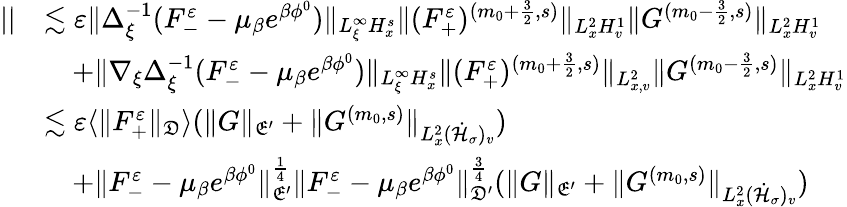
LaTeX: \begin{array}{rl}{||}&{\lesssim\varepsilon\| \Delta_{\xi}^{-1}(F_{-}^{\varepsilon}-\mu_{\beta}e^{\beta\phi^{0}})\| _{L_{\xi}^{\infty}H_{x}^{s}}\| (F_{+}^{\varepsilon})^{(m_{0}+\frac{3}{2},s)}\| _{L_{x}^{2}H_{v}^{1}}\| G^{(m_{0}-\frac{3}{2},s)}\| _{L_{x}^{2}H_{v}^{1}}}\\ &{\quad+\| \nabla_{\xi}\Delta_{\xi}^{-1}(F_{-}^{\varepsilon}-\mu_{\beta}e^{\beta\phi^{0}})\| _{L_{\xi}^{\infty}H_{x}^{s}}\| (F_{+}^{\varepsilon})^{(m_{0}+\frac{3}{2},s)}\| _{L_{x,v}^{2}}\| G^{(m_{0}-\frac{3}{2},s)}\| _{L_{x}^{2}H_{v}^{1}}}\\ &{\lesssim\varepsilon\langle\| F_{+}^{\varepsilon}\| _{\mathfrak D}\rangle(\| G\| _{\mathfrak E^{\prime}}+\| G^{(m_{0},s)}\| _{L_{x}^{2}(\dot{\mathcal H}_{\sigma})_{v}})}\\ &{\quad+\| F_{-}^{\varepsilon}-\mu_{\beta}e^{\beta\phi^{0}}\| _{\mathfrak E^{\prime}}^{\frac{1}{4}}\| F_{-}^{\varepsilon}-\mu_{\beta}e^{\beta\phi^{0}}\| _{\mathfrak D^{\prime}}^{\frac{3}{4}}(\| G\| _{\mathfrak E^{\prime}}+\| G^{(m_{0},s)}\| _{L_{x}^{2}(\dot{\mathcal H}_{\sigma})_{v}})}\end{array}